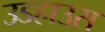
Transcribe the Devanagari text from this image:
उडहाउस